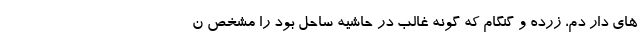
های دار دم، زرده و گنگام که گونه غالب در حاشیه ساحل بود را مشخص ن